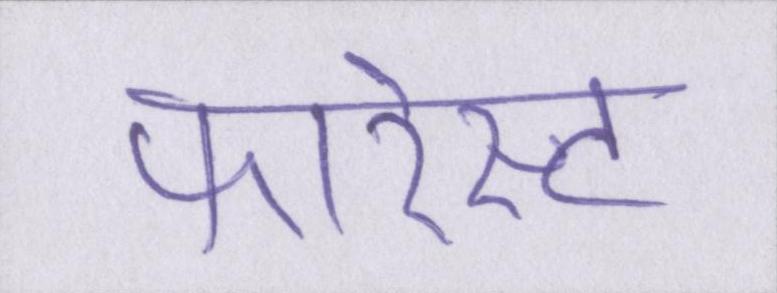
फारेस्ट